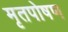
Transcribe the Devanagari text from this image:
मृतपोषण